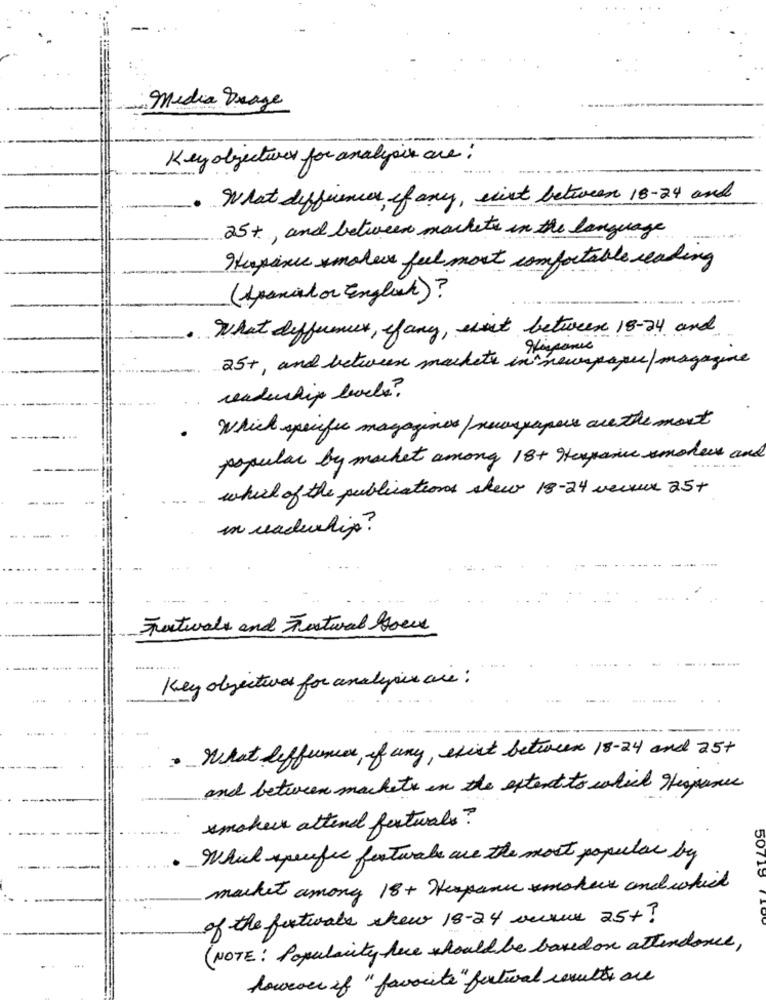
:Media Drage
Key objectives for analysis are:
......
What differences, if any, sixt between 18-24 and
25+, and between markets in the language
Thepince smokers feel most comfortable reading
( Apamil or English)?
What differmix, ifany, suit between 18-24 and
25+, and between markets in newspaper magazine
readership locks?
Which specific magazines / newspapers are the most
popular by machet among 18+ Hexpanse smoke and
which of the publications shew 18-24 versus 25+
in nadewhip?
Festivals and Textwal Hoe
Key objectives for analysis are :
What differences, of any, exist between 18-24 and 25+
and between markets in the extentits which Heapenas
smaker attend textuales ?
Which specific foxtwake are the most popular by
50719
market among 18+ Vexpanu smokers and which
of the fixtuale shew 18-24 auxur 25+?
(NOTE: Popularity fece should be basedon attendance,
however if "favorite" fectural results are